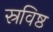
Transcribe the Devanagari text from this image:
स्रविष्ठ